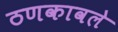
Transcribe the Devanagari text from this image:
ठणकावले